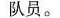
队员。